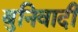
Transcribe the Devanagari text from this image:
बुनिवादी